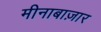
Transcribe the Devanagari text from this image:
मीनाबाज़ार